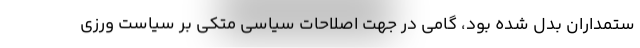
ستمداران بدل شده بود، گامی در جهت اصلاحات سیاسی متکی بر سیاست ورزی